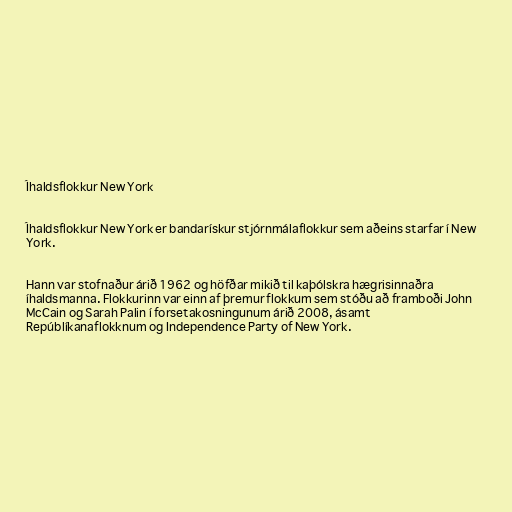
Íhaldsflokkur New York

Íhaldsflokkur New York er bandarískur stjórnmálaflokkur sem aðeins starfar í New
York.

Hann var stofnaður árið 1962 og höfðar mikið til kaþólskra hægrisinnaðra
íhaldsmanna. Flokkurinn var einn af þremur flokkum sem stóðu að framboði John
McCain og Sarah Palin í forsetakosningunum árið 2008, ásamt
Repúblíkanaflokknum og Independence Party of New York.